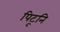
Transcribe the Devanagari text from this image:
पिटूनि